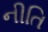
નીતિ